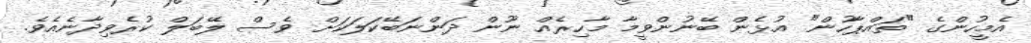
އެމީހުންގެ "ތައްޕާހުން" އުޅެން ބޭނުންވީމާ މާހިރެއް ނޫން ދަންނަބޭކަލަކަށް ވެސް ލޭބަލް ކުރެވިދާނެއެވެ.